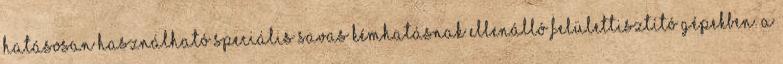
hatásosan használható speciális savas kémhatásnak ellenálló felülettisztító gépekben. A